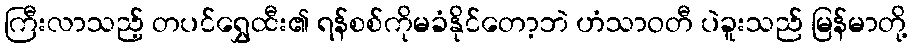
ကြီးလာသည့် တပင်ရွှေထီး၏ ရန်စစ်ကိုမခံနိုင်တော့ဘဲ ဟံသာဝတီ ပဲခူးသည် မြန်မာတို့